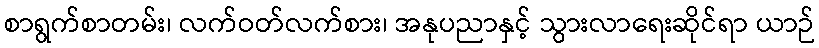
စာရွက်စာတမ်း၊ လက်ဝတ်လက်စား၊ အနုပညာနှင့် သွားလာရေးဆိုင်ရာ ယာဉ်